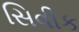
સિવીક